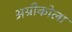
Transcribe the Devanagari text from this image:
अग्रीकोला